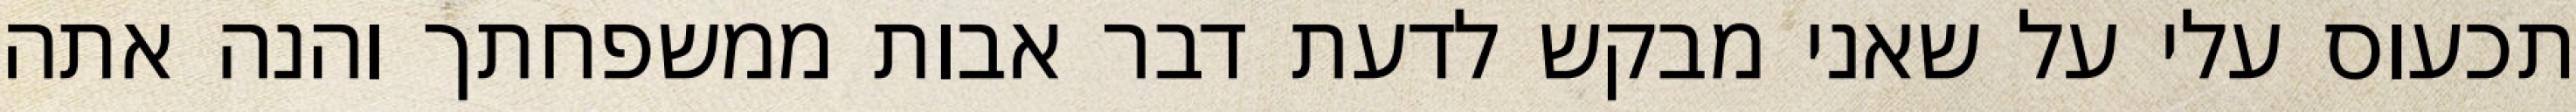
תכעוס עלי על שאני מבקש לדעת דבר אבות ממשפחתך והנה אתה